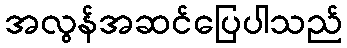
အလွန်အဆင်ပြေပါသည်